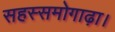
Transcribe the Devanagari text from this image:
सहस्समोगाढ़ा।